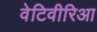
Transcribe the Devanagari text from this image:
वेटिवीरिआ